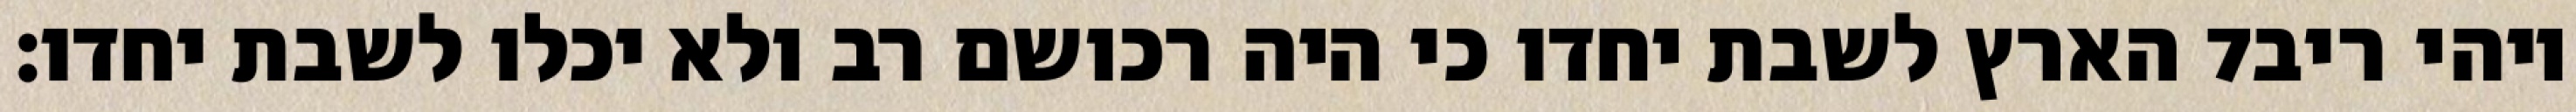
הארץ לשבת יחדו כי היה רכושם רב ולא יכלו לשבת יחדו׃ ‎7‏ ויהי ריב